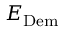
E _ { \mathrm { D e m } }